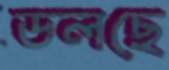
ডলছে